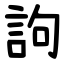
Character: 訽